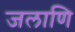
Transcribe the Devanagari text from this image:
जलाणि